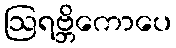
ဩရဗ္ဘိကောပေ